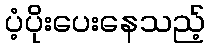
ပံ့ပိုးပေးနေသည့်